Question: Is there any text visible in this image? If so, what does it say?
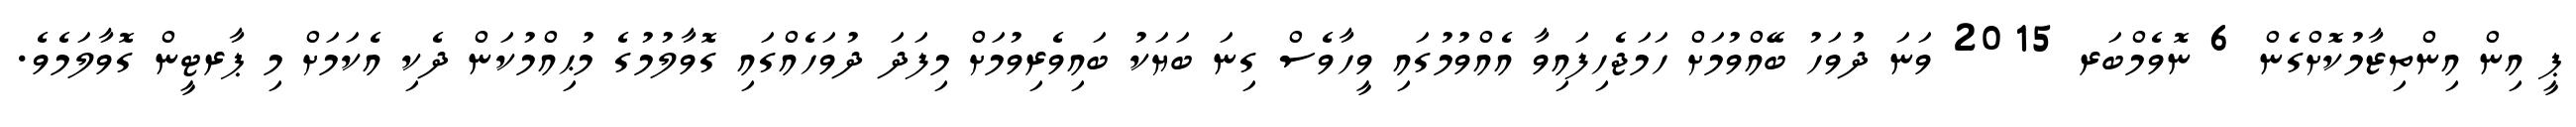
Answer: ޕީ އިން އިންތިޒާމުކޮށްގެން 6 ނޮވެމްބަރ 2015 ވަނަ ދުވަހު ބޭއްވުމަށް ހަމަޖެހިފައިވާ އެއްވުމުގައި ވީހާވެސް ގިނަ ބަޔަކު ބައިވެރިވުމަށް މިފަދަ ދުވަހެއްގައި ގޮވާލުމުގެ މުޙިއްމުކަން ދެކި އެކަމަށް މި ޕާރޓީން ގޮވާލަމެވެ.